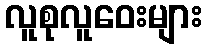
လူစုလူဝေးများ